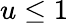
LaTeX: u\leq 1